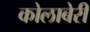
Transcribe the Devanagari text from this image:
कोलाबेरी